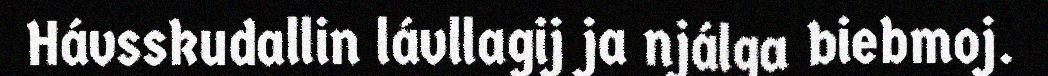
Hávsskudallin lávllagij ja njálga biebmoj.